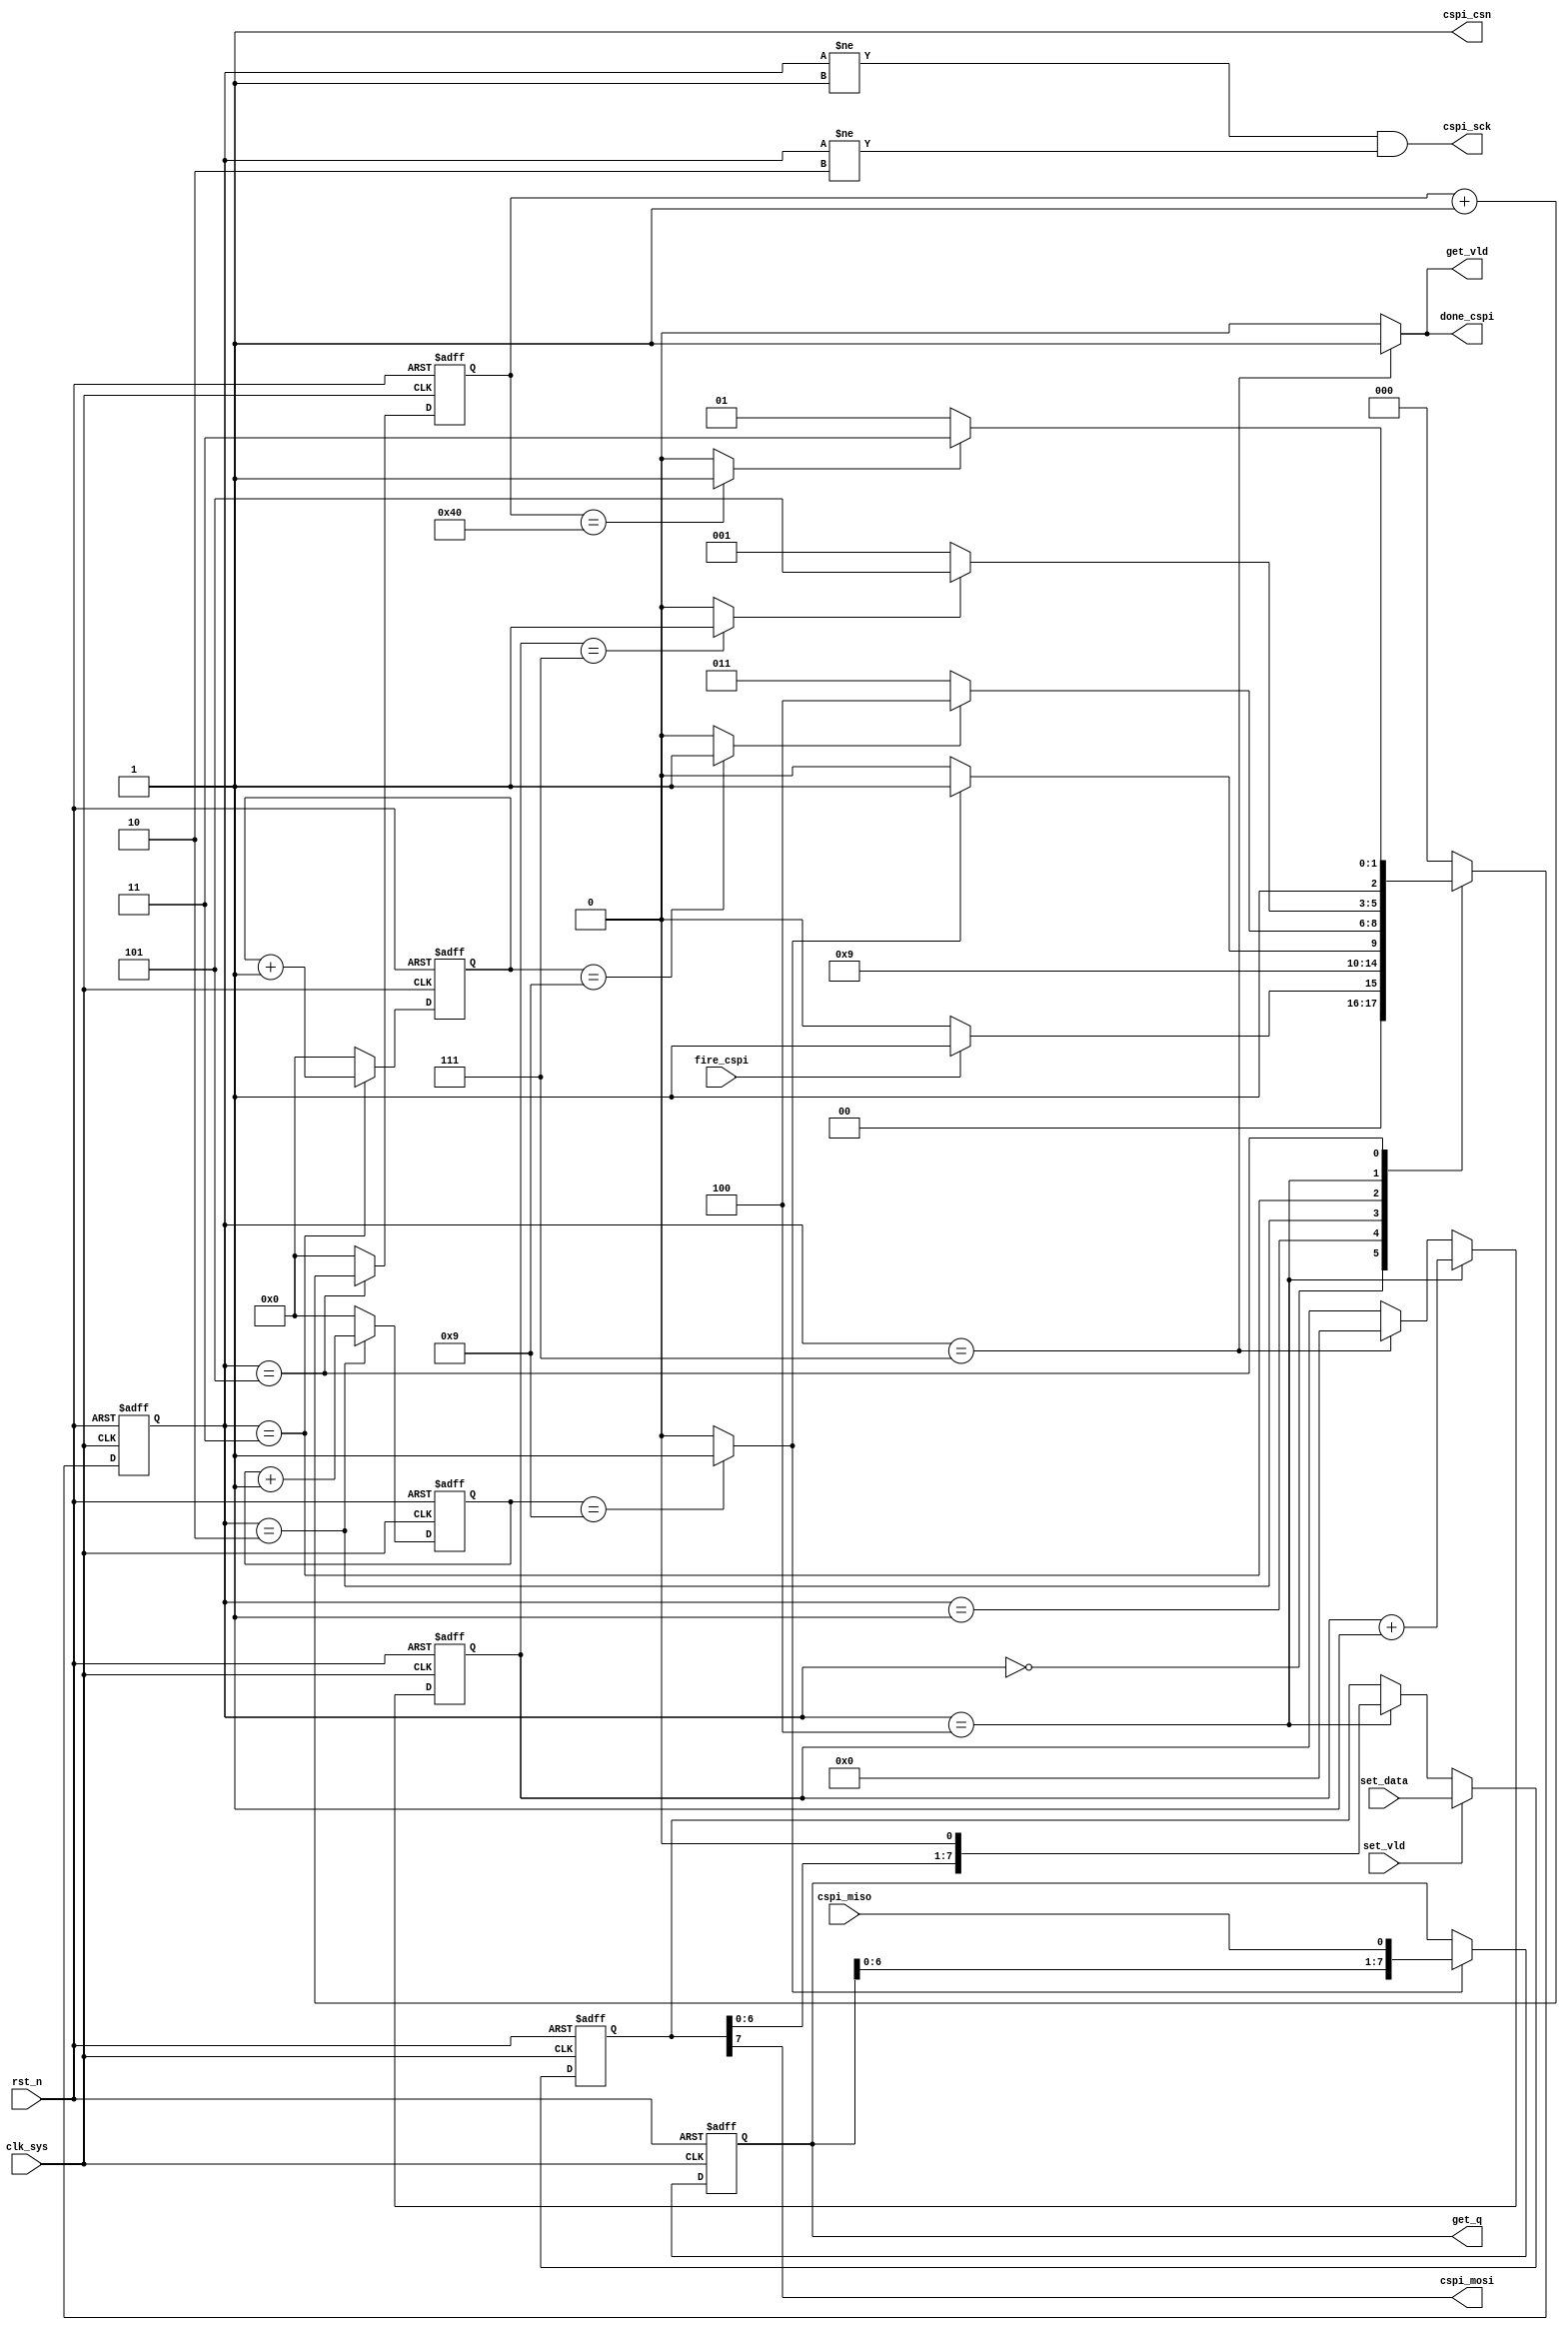
//arm_ctrl_phy.v

`define NO_CSN



module arm_ctrl_phy(
fire_cspi,
done_cspi,
//cspi interface
cspi_csn,
cspi_sck,
cspi_miso,
cspi_mosi,
//data path
set_data,
set_vld,
get_q,
get_vld,
//clk rst
clk_sys,
rst_n
);
input		fire_cspi;
output	done_cspi;
//cspi interface
output cspi_csn;
output cspi_sck;
input  cspi_miso;
output cspi_mosi;
//configuration
input [7:0]	set_data;
input				set_vld;
output[7:0]	get_q;
output 			get_vld;
//clk rst
input clk_sys;
input rst_n;
//-----------------------------------
//-----------------------------------


//------------ mian FSM ------------
parameter S_IDLE = 3'h0;
parameter S_BIT  = 3'h1;
parameter S_LOW  = 3'h2;
parameter S_HIGH = 3'h3;
parameter S_CHECK= 3'h4;
parameter S_DELAY= 3'h5;
parameter S_DONE = 3'h7;
reg [2:0] st_actrl_phy;
wire finish_low;
wire finish_high;
wire finish_byte;
wire finish_delay;
always @ (posedge clk_sys or negedge rst_n)	begin
	if(~rst_n)	
		st_actrl_phy <= S_IDLE;
	else begin
		case(st_actrl_phy)
			S_IDLE : st_actrl_phy <= fire_cspi ? S_BIT : S_IDLE;
			S_BIT  : st_actrl_phy <= S_LOW;
			S_LOW  : st_actrl_phy <= finish_low ? S_HIGH : S_LOW;
			S_HIGH : st_actrl_phy <= finish_high ? S_CHECK : S_HIGH;
			S_CHECK: st_actrl_phy <= finish_byte ? S_DELAY : S_BIT;
			S_DELAY: st_actrl_phy <= finish_delay ? S_DONE : S_DELAY;
			S_DONE : st_actrl_phy <= S_IDLE;
			default :st_actrl_phy <= S_IDLE;
		endcase
	end
end


//----------- FSM switch condition ---------
reg [7:0] cnt_low;
always @(posedge clk_sys or negedge rst_n)	begin
	if(~rst_n)
		cnt_low <= 8'h0;
	else if(st_actrl_phy == S_LOW)
		cnt_low <= cnt_low + 8'h1;
	else 
		cnt_low <= 8'h0;
end
assign finish_low = (cnt_low == 8'h9) ? 1'b1 : 1'b0;

reg [7:0] cnt_high;
always @(posedge clk_sys or negedge rst_n)	begin
	if(~rst_n)
		cnt_high <= 8'h0;
	else if(st_actrl_phy == S_HIGH)
		cnt_high <= cnt_high + 8'h1;
	else 
		cnt_high <= 8'h0;
end
assign finish_high = (cnt_high == 8'h9) ? 1'b1 : 1'b0;

reg [3:0] cnt_bits;
always @ (posedge clk_sys or negedge rst_n)	begin
	if(~rst_n)
		cnt_bits <= 4'h0;
	else if(st_actrl_phy == S_CHECK)
		cnt_bits <= cnt_bits + 4'h1;
	else if(st_actrl_phy == S_DONE)
		cnt_bits <= 4'h0;
	else ;
end
assign finish_byte = (cnt_bits == 4'h7) ? 1'b1 : 1'b0;

reg [7:0] cnt_delay;
always @(posedge clk_sys or negedge rst_n)	begin
	if(~rst_n)
		cnt_delay <= 8'h0;
	else if(st_actrl_phy == S_DELAY)
		cnt_delay <= cnt_delay + 8'h1;
	else 
		cnt_delay <= 8'h0;
end
assign finish_delay = (cnt_delay == 8'h40) ? 1'b1 : 1'b0;


//---------- control signal -----
wire done_cspi = (st_actrl_phy == S_DONE) ? 1'b1 : 1'b0;

	
//--------- output spi bus --------
`ifndef NO_CSN
wire cspi_csn = (st_actrl_phy == S_IDLE) | (st_actrl_phy == S_DELAY) |
								(st_actrl_phy == S_DONE);
`else
wire cspi_csn	= 1'b1;
`endif

wire cspi_sck = (st_actrl_phy != S_BIT) & (st_actrl_phy != S_LOW);

reg [7:0] lock_set;
always @ (posedge clk_sys or negedge rst_n)	begin
	if(~rst_n)
		lock_set <= 8'h0;
	else if(set_vld)
		lock_set <= set_data;
	else if(st_actrl_phy == S_CHECK)
		lock_set <= {lock_set[6:0],1'b0};
	else ;
end
wire cspi_mosi = lock_set[7];


//------------ get data to mac -------
reg [7:0] lock_get;
always @ (posedge clk_sys or negedge rst_n)	begin
	if(~rst_n)
		lock_get <= 8'h0;
	else if(finish_low)
		lock_get <= {lock_get[6:0],cspi_miso};
	else ;
end
wire get_vld = (st_actrl_phy == S_DONE) ? 1'b1 : 1'b0;
wire [7:0] get_q = lock_get;
	

endmodule